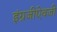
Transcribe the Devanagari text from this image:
इंग्रजीऐवजी